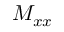
M _ { x x }